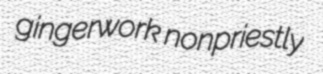
gingerwork nonpriestly